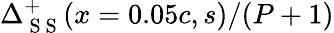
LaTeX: \Delta_{\mathrm{~S~S~}}^{+}(x=0.05c,s)/(P+1)